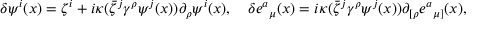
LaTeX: \delta \psi ^ { i } ( x ) = \zeta ^ { i } + i \kappa ( \bar { \zeta } ^ { j } { \gamma } ^ { \rho } \psi ^ { j } ( x ) ) \partial _ { \rho } \psi ^ { i } ( x ) , \quad \delta { e ^ { a } } _ { \mu } ( x ) = i \kappa ( \bar { \zeta } ^ { j } { \gamma } ^ { \rho } \psi ^ { j } ( x ) ) \partial _ { [ \rho } { e ^ { a } } _ { \mu ] } ( x ) ,